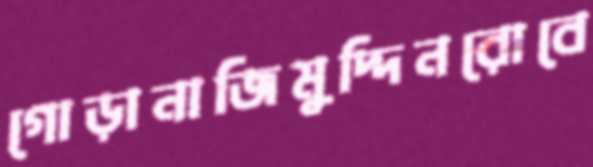
গোড়ানাজিমুদ্দিনরোবে